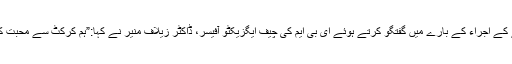
اس ترانے کے اجراء کے بارے میں گفتگو کرتے ہوئے ای بی ایم کی چیف ایگزیکٹو آفیسر، ڈاکٹر زیلاف منیر نے کہا:”ہم کرکٹ سے محبت کرتے ہیں۔